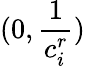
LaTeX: (0,\frac{1}{c_{i}^{r}})